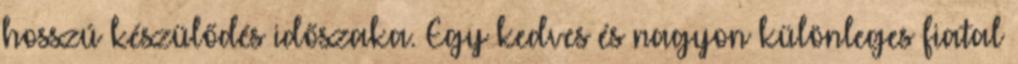
hosszú készülődés időszaka. Egy kedves és nagyon különleges fiatal